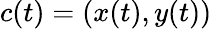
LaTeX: c(t)=(x(t),y(t))